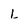
Character: L